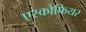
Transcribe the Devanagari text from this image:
एस्कोफियर